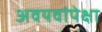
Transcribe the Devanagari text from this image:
अवयवांपेक्षा